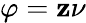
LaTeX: \varphi=\mathbf{z}\nu